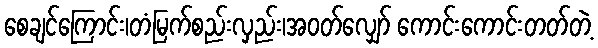
စေချင်ကြောင်း၊တံမြက်စည်းလှည်း၊အဝတ်လျှော် ကောင်းကောင်းတတ်တဲ့